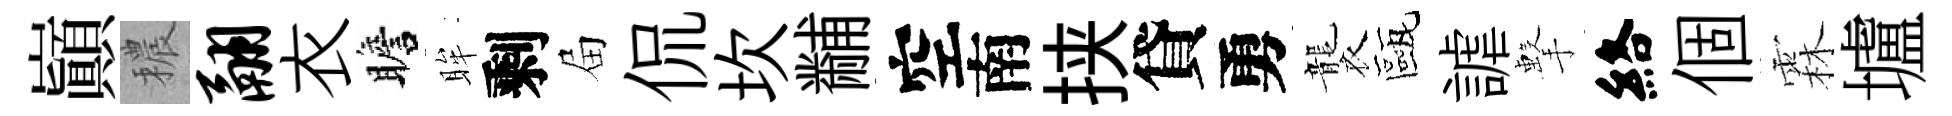
巔穠翮衣瞻眸剩屇侃坎黼空南挟貸勇襲甌謔擊絡個霖壚